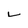
Character: L